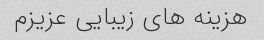
هزینه های زیبایی عزیزم